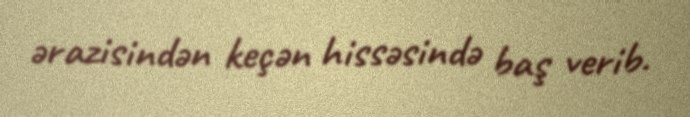
ərazisindən keçən hissəsində baş verib.